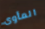
المأوى